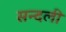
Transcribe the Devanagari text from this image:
सन्दली